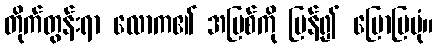
တိုက်တွန်းရာ လောက၏ အပြစ်ကို ပြန်၍ ပြောပြပုံ။